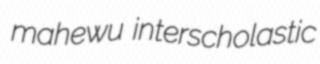
mahewu interscholastic